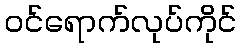
ဝင်ရောက်လုပ်ကိုင်